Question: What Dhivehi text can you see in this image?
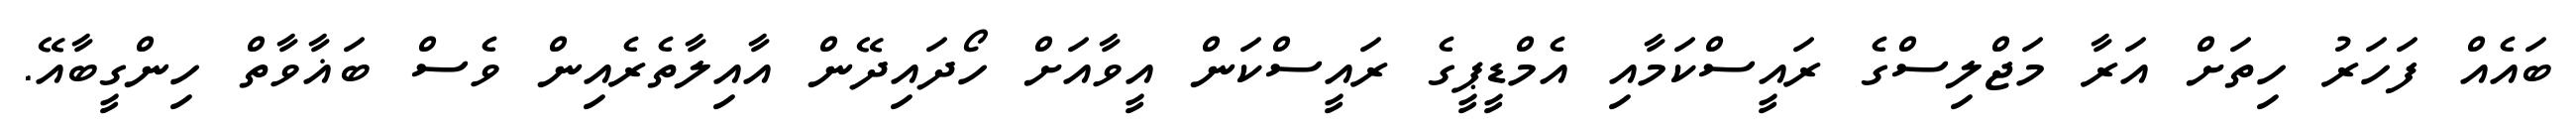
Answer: ބައެއް ފަހަރު ހިތަށް އަރާ މަޖްލިސްގެ ރައީސްކަމާއި އެމްޑީޕީގެ ރައީސްކަން އީވާއަށް ހޯދައިދޭން އާއިލާތެރެއިން ވެސް ބަޣާވާތް ހިންގީބާއޭ.